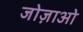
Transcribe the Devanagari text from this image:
जोज़ाओ